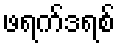
ဖရက်ဒရစ်